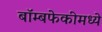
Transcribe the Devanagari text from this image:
बॉम्बफेकीमध्ये